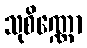
သုစိဏ္ဏော